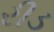
રીડ